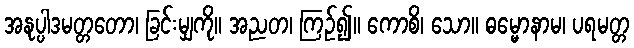
အနုပ္ပါဒမတ္တတော၊ ခြင်းမျှကို။ အညတ၊ ကြဉ်၍။ ကောစိ၊ သော။ ဓမ္မောနာမ၊ ပရမတ္တ